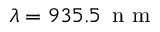
\lambda = 9 3 5 . 5 \, \mathrm { ~ n ~ m ~ }